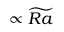
\propto \widetilde { R a }